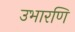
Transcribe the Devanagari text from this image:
उभारणि